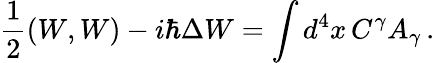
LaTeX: {\frac{1}{2}}(W,W)-i\hbar\Delta W=\int d^{4}x\, C^{\gamma}A_{\gamma}\, .